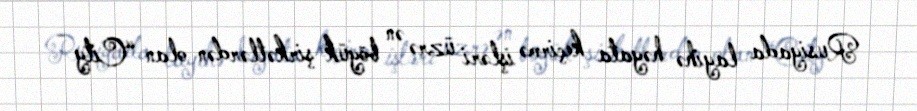
Rusiyada layihə həyata keçirmə işləri üzrə ən böyük şirkətlərdən olan “City -